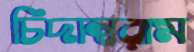
চিদাম্বরাম